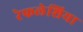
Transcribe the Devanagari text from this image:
रेफलेशिया